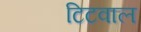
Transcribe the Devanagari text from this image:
टिटवाल